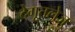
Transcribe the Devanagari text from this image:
देगूतलेजु